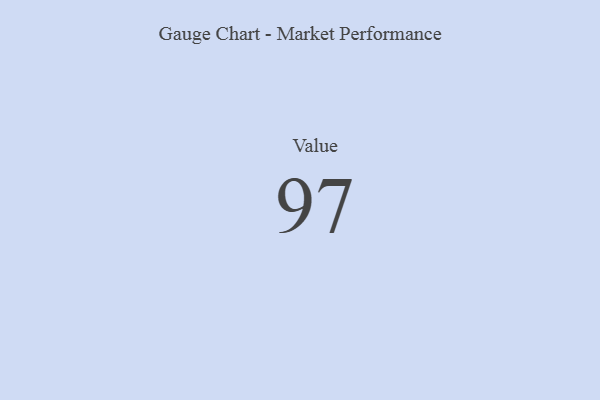
{"axis": {"x": "Metric", "y": "Value"}, "legend": [""], "data": [{"x": "Value", "y": 97, "type": ""}]}